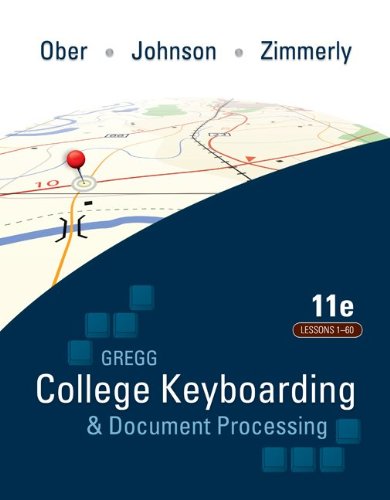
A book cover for Gregg College Keyboarding & Document Processing: Lessons 1-60; Scot Ober; Business & Money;